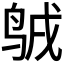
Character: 𪉇